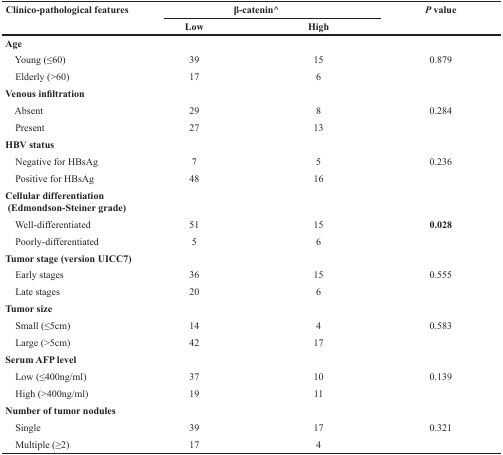
<table><thead><tr><td rowspan="2"><b>Clinico-pathological features</b></td><td colspan="2"><b>β-catenin^</b></td><td rowspan="2"><b><i>P</i> value</b></td></tr><tr><td><b>Low</b></td><td><b>High</b></td></tr></thead><tbody><tr><td colspan="4"><b>Age</b></td></tr><tr><td> Young (≤60)</td><td>39</td><td>15</td><td>0.879</td></tr><tr><td> Elderly (&gt;60)</td><td>17</td><td>6</td><td></td></tr><tr><td colspan="4"><b>Venous infiltration</b></td></tr><tr><td> Absent</td><td>29</td><td>8</td><td>0.284</td></tr><tr><td> Present</td><td>27</td><td>13</td><td></td></tr><tr><td colspan="4"><b>HBV status</b></td></tr><tr><td> Negative for HBsAg</td><td>7</td><td>5</td><td>0.236</td></tr><tr><td> Positive for HBsAg</td><td>48</td><td>16</td><td></td></tr><tr><td colspan="4"><b>Cellular differentiation (Edmondson-Steiner grade)</b></td></tr><tr><td> Well-differentiated</td><td>51</td><td>15</td><td><b>0.028</b></td></tr><tr><td> Poorly-differentiated</td><td>5</td><td>6</td><td></td></tr><tr><td colspan="4"><b>Tumor stage (version UICC7)</b></td></tr><tr><td> Early stages</td><td>36</td><td>15</td><td>0.555</td></tr><tr><td> Late stages</td><td>20</td><td>6</td><td></td></tr><tr><td colspan="4"><b>Tumor size</b></td></tr><tr><td> Small (≤5cm)</td><td>14</td><td>4</td><td>0.583</td></tr><tr><td> Large (&gt;5cm)</td><td>42</td><td>17</td><td></td></tr><tr><td colspan="4"><b>Serum AFP level</b></td></tr><tr><td> Low (≤400ng/ml)</td><td>37</td><td>10</td><td>0.139</td></tr><tr><td> High (&gt;400ng/ml)</td><td>19</td><td>11</td><td></td></tr><tr><td colspan="4"><b>Number of tumor nodules</b></td></tr><tr><td> Single</td><td>39</td><td>17</td><td>0.321</td></tr><tr><td> Multiple (≥2)</td><td>17</td><td>4</td><td></td></tr></tbody></table>